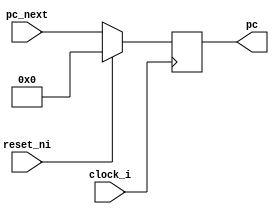
module pc_register(
    pc_next,             
    pc,          
    clock_i,         
    reset_ni           
);

input [31:0] pc_next;
input  clock_i, reset_ni;
output reg [31:0] pc;

always @(posedge clock_i) begin
    if (reset_ni ==1)
        pc <= 0;
    else 
        pc <= pc_next;
end

endmodule